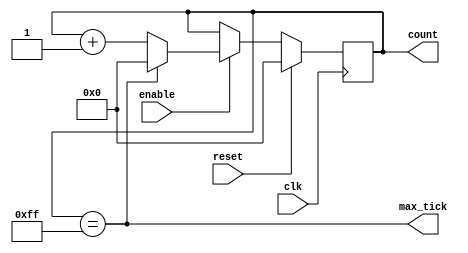
/*
This is a modulo-counter circuit
........................
By: Abdullah Al-Dujaili
    NTU, 2012
........................
This counter can be used to track down the pixel coordinates
*/

module counter
  #
  (
   parameter CNT_BIT=8,
             CNT_MOD=256
  )
  (
    input  wire clk,reset, enable,// reset circuitry,
    output wire max_tick,
    output wire [CNT_BIT-1:0] count
  );
  
  
  //Signal Declarartion
  reg [CNT_BIT-1:0] cnt_reg,cnt_next;
  wire max_tick_sig = (cnt_reg==CNT_MOD-1); // due to delayed enable control signal
  
  
  // Sequential Logic
  always@(posedge clk)
    if(reset)
      cnt_reg <= 0;
    else
      cnt_reg <= cnt_next;

  //Next state logic
  always@*
  begin
    //default settings
    cnt_next=cnt_reg;
    if (enable)
      cnt_next=(max_tick_sig)?0:cnt_reg+1;
  end
  
  // Output logic
  assign count=cnt_reg;
  assign max_tick= max_tick_sig;
  
endmodule